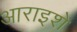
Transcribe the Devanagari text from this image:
आराइशे